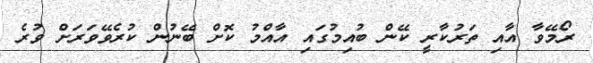
ރޯމޭވާ އާއި ތަރުކާރީ ކޭން ބުއިމުގައި އާއްމު ކޮށް ބޭނުން ކުރެވޭވަރަށް ވުރެ